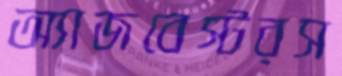
অ্যাজবেস্টরস